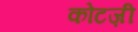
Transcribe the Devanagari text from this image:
कोटज़ी